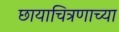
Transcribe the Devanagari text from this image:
छायाचित्रणाच्या